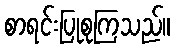
စာရင်းပြုစုကြသည်။